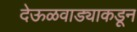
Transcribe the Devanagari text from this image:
देऊळवाड्याकडून